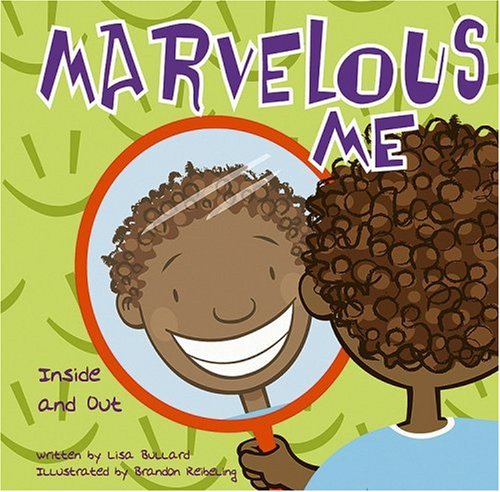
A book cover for Marvelous Me: Inside and Out (All about Me); Lisa Bullard; Children's Books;